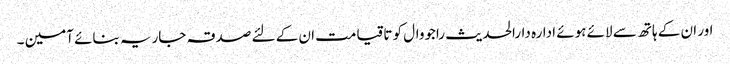
اور ان کے ہاتھ سے لائے ہوئے ادارہ دارالحدیث راجووال کو تاقیامت ان کے لئے صدقہ جاریہ بنائے آمین ۔